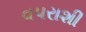
વપરાશી